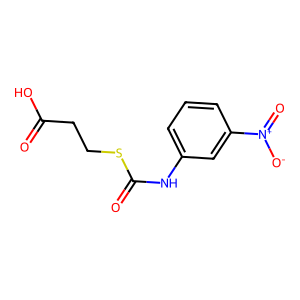
SMILES: O=C(O)CCSC(=O)Nc1cccc([N+](=O)[O-])c1
Inhibits HIV replication: No